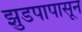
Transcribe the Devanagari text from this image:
झुडपापासून